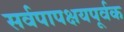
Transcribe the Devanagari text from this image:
सर्वपापक्षयपूर्वक